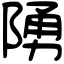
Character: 𨺳